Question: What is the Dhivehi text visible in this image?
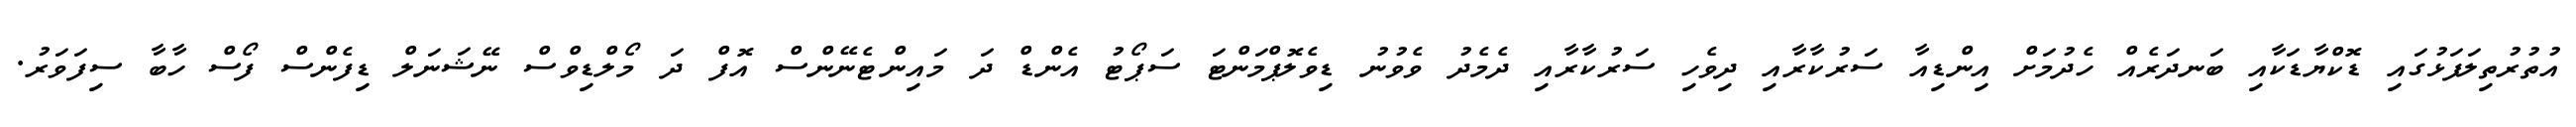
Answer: އުތުރުތިލަފަޅުގައި ޑޮކްޔާޑަކާއި ބަނދަރެއް ހެދުމަށް އިންޑިއާ ސަރުކާރާއި ދިވެހި ސަރުކާރާއި ދެމެދު ވެވުނު ޑިވެލޮޕްމަންޓަ ސަޕޯޓު އެންޑް ދަ މައިންޓެނޭންސް އޮފް ދަ މޯލްޑިވްސް ނޭޝަނަލް ޑިފެންސް ފޯސް ހާބާ ސިފަވަރު.